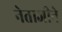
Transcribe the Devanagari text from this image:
नेताजीने